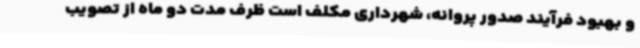
و بهبود فرآیند صدور پروانه، شهرداری مکلف است ظرف مدت دو ماه از تصویب